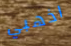
اذهبي